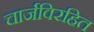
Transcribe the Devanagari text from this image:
चार्जविरहित